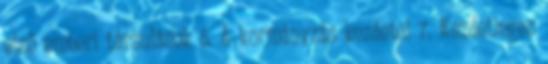
első emberi társulások 5. A kormányzás kezdetei 7. Kezdetleges